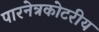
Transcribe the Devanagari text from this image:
पारनेत्रकोटरीय